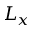
L _ { x }